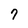
Character: 7